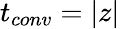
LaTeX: t_{conv}=|z|